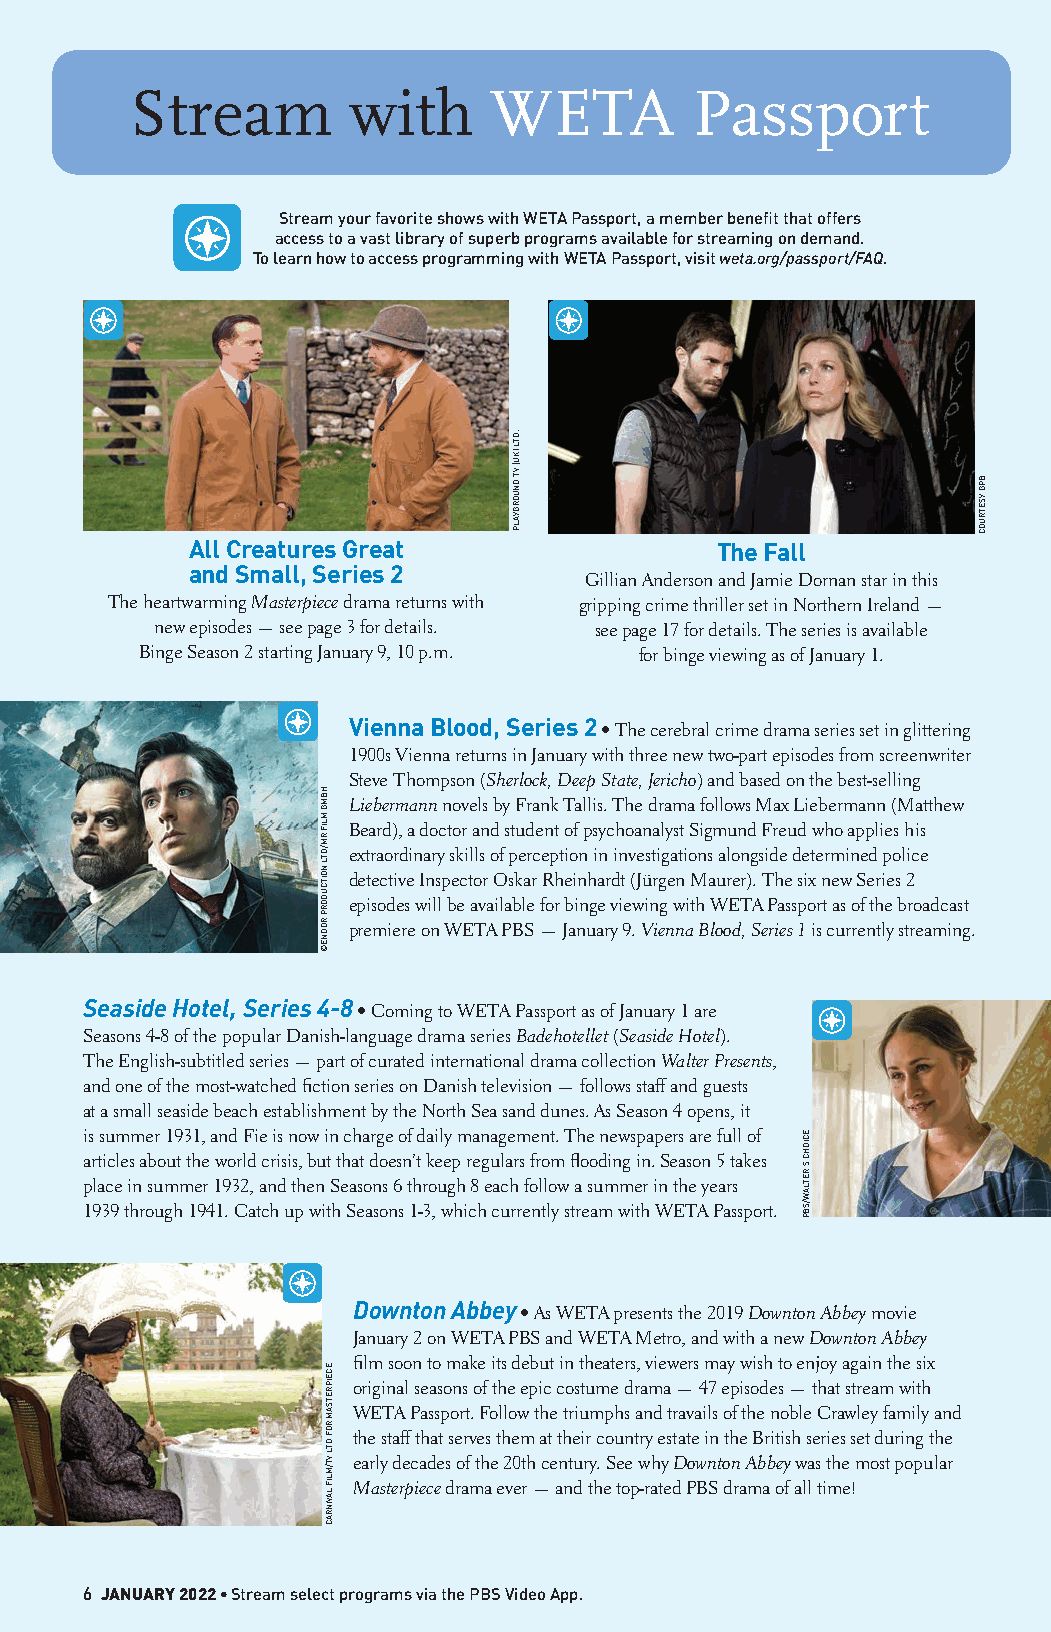
Stream         with     WETA          Passport
 Stream your favorite shows with WETA Passport, a member benefit that offers
 access to a vast library of superb programs available for streaming on demand.
 To learn how to access programming with WETA Passport, visit weta.org/passport/FAQ.
 All Creatures Great                The Fall
 and Small, Series 2
 Gillian Anderson and Jamie Dornan star in this
 The heartwarming Masterpiece drama returns with gripping crime thriller set in Northern Ireland —
 new episodes — see page 3 for details. see page 17 for details. The series is available
 Binge Season 2 starting January 9, 10 p.m. for binge viewing as of January 1.
 Vienna Blood, Series 2
 • The cerebral crime drama series set in glittering
 1900s Vienna returns in January with three new two-part episodes from screenwriter
 Steve Thompson (Sherlock, Deep State, Jericho) and based on the best-selling
 Liebermann novels by Frank Tallis. The drama follows Max Liebermann (Matthew
 Beard), a doctor and student of psychoanalyst Sigmund Freud who applies his
 extraordinary skills of perception in investigations alongside determined police
 detective Inspector Oskar Rheinhardt (Jürgen Maurer). The six new Series 2
 episodes will be available for binge viewing with WETA Passport as of the broadcast
 premiere on WETA PBS — January 9. Vienna Blood, Series 1 is currently streaming.
 Seaside Hotel, Series 4-8
 • Coming to WETA Passport as of January 1 are
 Seasons 4-8 of the popular Danish-language drama series Badehotellet (Seaside Hotel).
 The English-subtitled series — part of curated international drama collection Walter Presents,
 and one of the most-watched fiction series on Danish television — follows staff and guests
 at a small seaside beach establishment by the North Sea sand dunes. As Season 4 opens, it
 is summer 1931, and Fie is now in charge of daily management. The newspapers are full of
 articles about the world crisis, but that doesn’t keep regulars from flooding in. Season 5 takes
 place in summer 1932, and then Seasons 6 through 8 each follow a summer in the years
 1939 through 1941. Catch up with Seasons 1-3, which currently stream with WETA Passport.
 Downton Abbey
 • As WETA presents the 2019 Downton Abbey movie
 January 2 on WETA PBS and WETA Metro, and with a new Downton Abbey
 film soon to make its debut in theaters, viewers may wish to enjoy again the six
 original seasons of the epic costume drama — 47 episodes — that stream with
 WETA Passport. Follow the triumphs and travails of the noble Crawley family and
 the staff that serves them at their country estate in the British series set during the
 early decades of the 20th century. See why Downton Abbey was the most popular
 Masterpiece drama ever — and the top-rated PBS drama of all time!
 6 JANUARY 2022 • Stream select programs via the PBS Video App.
 alt_C2-00-00-C4_WETA_JAN22.indd 6                            12/16/21 2:18 PM
 HBMG
 MLIF
 RM/DTL
 NOITCUDORP
 RODNE©
 ECEIPRETSAM
 ROF
 DTL
 VT/MLIF
 LAVINRAC
 .DTL
 )KU(
 VT
 DNUORGYALP
 ECIOHC
 S’RETLAW/SBP
 BPG
 YSETRUOC